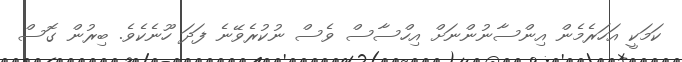
ކަމަކީ އަހަރެމެން އިންސާނުންނަށް އިހްސާސް ވެސް ނުކުރެވޭނެ ފަދަ ހޫނެކެވެ. ބިރުން ގޮސް